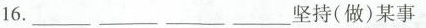
16.__ __ __坚持(做)某事